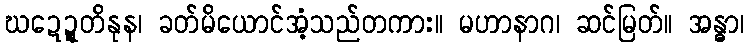
ဃဍ္ဍေတိနုန၊ ခတ်မိယောင်အံ့သည်တကား။ မဟာနာဂ၊ ဆင်မြတ်။ အန္ဓာ၊